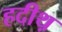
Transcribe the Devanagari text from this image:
हदीथ़